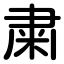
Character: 粛